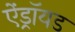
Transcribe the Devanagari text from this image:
ऐंड्रॉयड